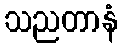
သညတာနံ